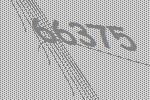
66375